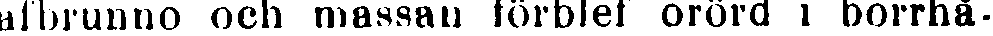
afbrunno och massan förblef orörd i borrhå-